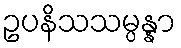
ဥပနိသသမ္ပန္နာ